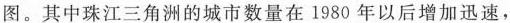
图。其中珠江三角洲的城市数量在1980年以后增加迅速，